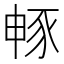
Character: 𮙜